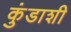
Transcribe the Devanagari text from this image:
कुंडाशी